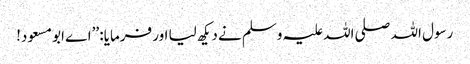
رسول اللہ صلی اللہ علیہ وسلم نے دیکھ لیا اور فرمایا: ’’اے ابو مسعود!